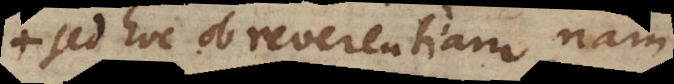
sed hoc ob reverentiam, nam